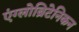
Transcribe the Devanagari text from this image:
एंग्लोब्रिटेनिकन